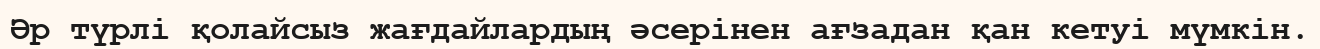
Әр түрлі қолайсыз жағдайлардың әсерінен ағзадан қан кетуі мүмкін.